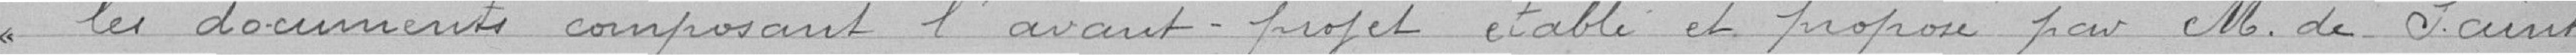
les documents composant l'avant-projet établi  et proposé par M. de Saint-